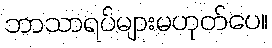
ဘာသာရပ်များမဟုတ်ပေ။